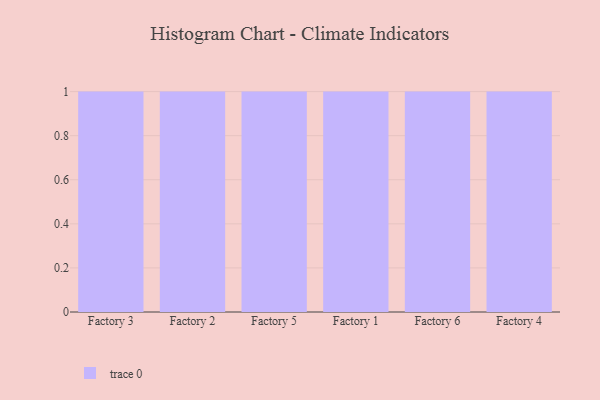
{"axis": {"x": "Factory", "y": "Demand Index"}, "legend": [""], "data": [{"x": "Factory 3", "y": 88, "type": ""}, {"x": "Factory 2", "y": 41, "type": ""}, {"x": "Factory 5", "y": 72, "type": ""}, {"x": "Factory 1", "y": 34, "type": ""}, {"x": "Factory 6", "y": 23, "type": ""}, {"x": "Factory 4", "y": 21, "type": ""}]}